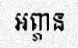
អព្ភាន